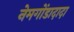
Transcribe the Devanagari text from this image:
नेमगोंडादादा